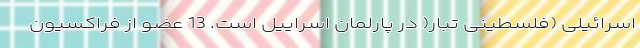
اسرائیلی (فلسطینی تبار( در پارلمان اسراییل است. 13 عضو از فراکسیون